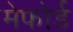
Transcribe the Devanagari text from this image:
मेफोर्ड